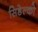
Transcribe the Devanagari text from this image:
सिडेल्को